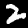
Label: 2